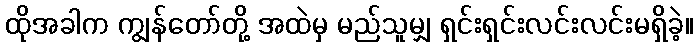
ထိုအခါက ကျွန်တော်တို့ အထဲမှ မည်သူမျှ ရှင်းရှင်းလင်းလင်းမရှိခဲ့။